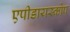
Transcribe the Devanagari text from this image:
एपीडायस्कोप